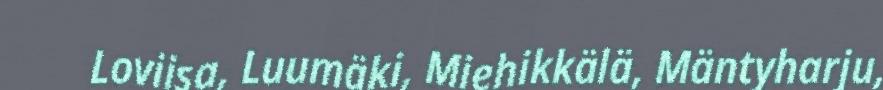
Loviisa, Luumäki, Miehikkälä, Mäntyharju,